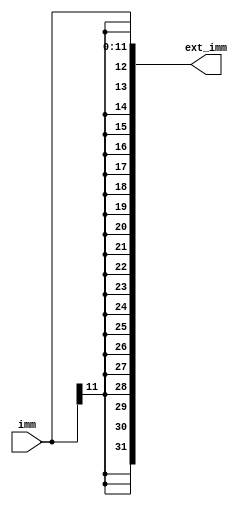
// This program was cloned from: https://github.com/RustamSubkhankulov/verilog-labs
// License: MIT License

module sign_ext(
    input [11:0]imm,

    output [31:0]ext_imm
);

/* Sign-extend. */
assign ext_imm = {{20{imm[11]}}, imm};

endmodule